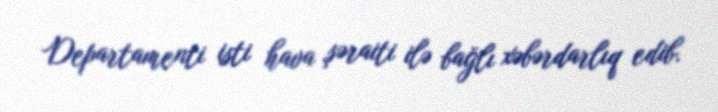
Departamenti isti hava şəraiti ilə bağlı xəbərdarlıq edib.